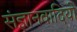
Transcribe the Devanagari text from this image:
संज्ञानवादियों